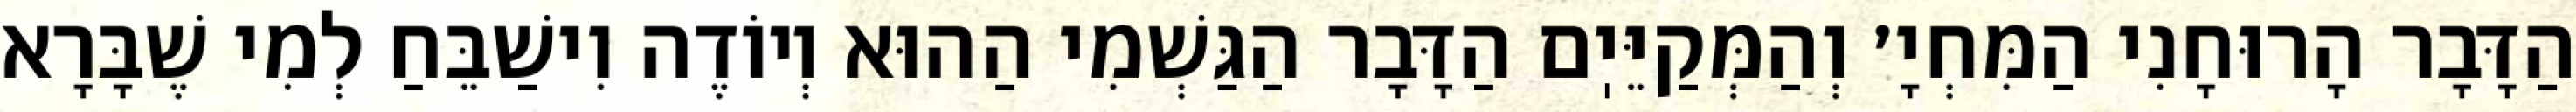
הַדָּבָר הָרוּחָנִי הַמִּחְיָ׳ וְהַמְּקַיֵּיֽם הַדָּבָר הַגַּשְׁמִי הַהוּא וְיוֹדֶה וִישַׁבֵּחַ לְמִי שֶׁבָּרָא